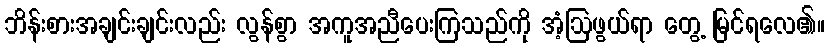
ဘိန်းစားအချင်းချင်းလည်း လွန်စွာ အကူအညီပေးကြသည်ကို အံ့ဩဖွယ်ရာ တွေ့ မြင်ရလေ၏။